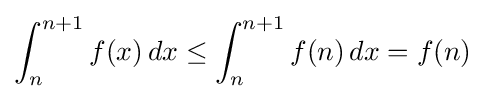
\int _{n}^{n+1}f(x)\,dx\leq \int _{n}^{n+1}f(n)\,dx=f(n)